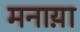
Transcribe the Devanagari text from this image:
मनाय़ा